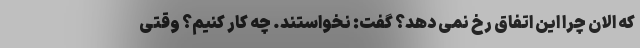
که الان چرا این اتفاق رخ نمی دهد؟ گفت: نخواستند. چه کار کنیم؟ وقتی